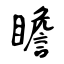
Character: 瞻